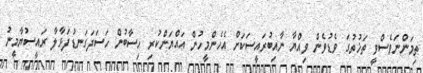
ތިމަންނަވެސްވީ ތަޚުތުގަ ވެޑުވެން ވިއްޔާ ނާއިބުރައީސަކަށް އެހެންމީހުން އައްޔަންކުރި ހިސާބުން ހަސަދަގަނޑުފަޅާލާ ރައީސުޔާމީނު